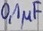
Text: 0,1µF